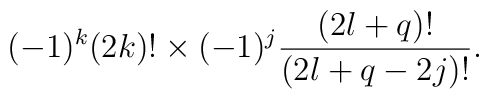
(-1)^{k} (2k)! \times (-1)^j \frac{(2l+q)!}{(2l+q-2j)!}.